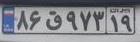
۸۶ق۹۳۷۱۹